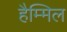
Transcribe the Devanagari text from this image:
हैम्मिल